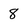
Character: 8